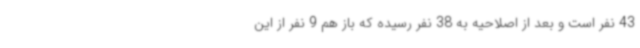
43 نفر است و بعد از اصلاحیه به 38 نفر رسیده که باز هم 9 نفر از این